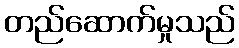
တည်ဆောက်မှုသည်